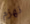
نهزم